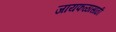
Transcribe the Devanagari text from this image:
जायफळासाठी